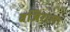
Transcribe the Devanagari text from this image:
वजिराला